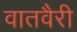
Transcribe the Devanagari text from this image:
वातवैरी